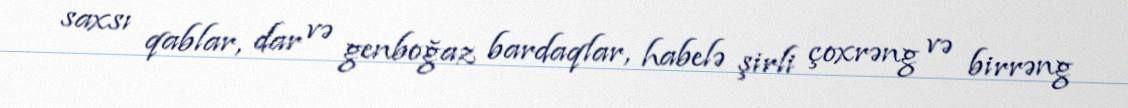
saxsı qablar, dar və genboğaz bardaqlar, habelə şirli çoxrəng və birrəng